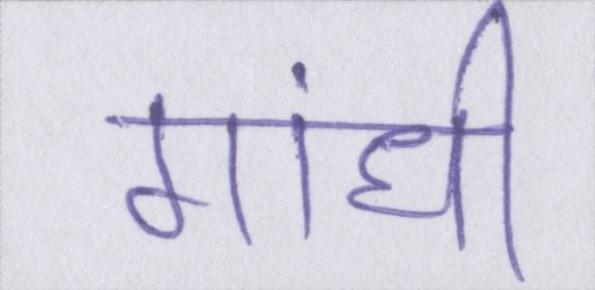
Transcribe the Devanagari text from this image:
गांधी